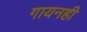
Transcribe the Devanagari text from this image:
गायनही